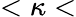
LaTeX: <\kappa<